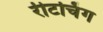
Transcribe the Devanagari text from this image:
रीटचिंग